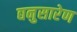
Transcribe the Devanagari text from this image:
द्यनुसारेण